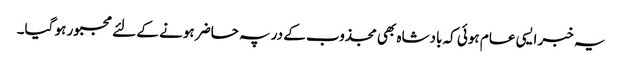
یہ خبر ایسی عام ہوئی کہ بادشاہ بھی مجذوب کے در پہ حاضر ہونے کے لئے مجبور ہو گیا۔